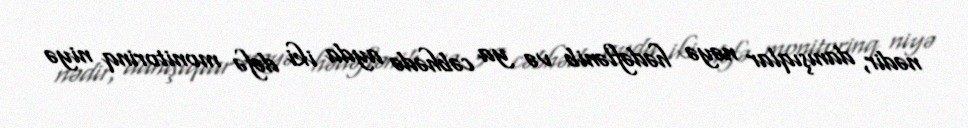
nədir, danışıqlar nəyə hədəflənib və ya cəbhədə ayda iki dəfə monitorinq niyə